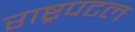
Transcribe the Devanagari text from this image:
राष्ट्रपटल